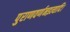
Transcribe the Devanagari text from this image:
पुराणवर्णनइत्यादि।